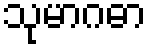
သုမာဂဓာ